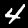
Label: 4